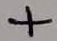
Text: +